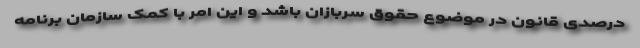
درصدی قانون در موضوع حقوق سربازان باشد و این امر با کمک سازمان برنامه